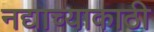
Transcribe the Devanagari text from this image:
नद्याच्याकाठी